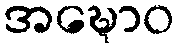
အဍ္ဎောဝ